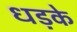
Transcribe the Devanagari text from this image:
धड़के